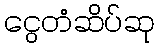
ငွေတံဆိပ်ဆု